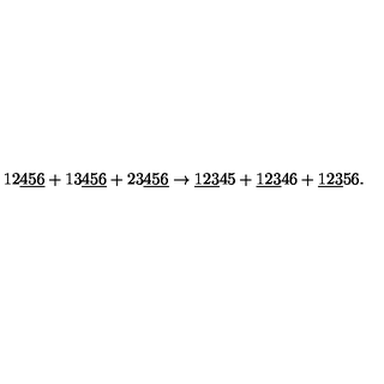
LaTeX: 1 2 \underline { { 4 5 6 } } + 1 3 \underline { { 4 5 6 } } + 2 3 \underline { { 4 5 6 } } \rightarrow \underline { { 1 2 3 } } 4 5 + \underline { { 1 2 3 } } 4 6 + \underline { { 1 2 3 } } 5 6 .